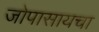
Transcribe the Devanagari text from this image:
जोपासायचा